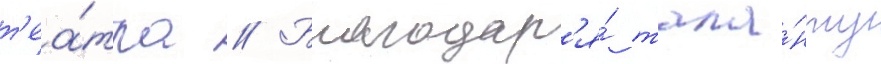
т'еа́тра // Благодар'я́ тала́нту